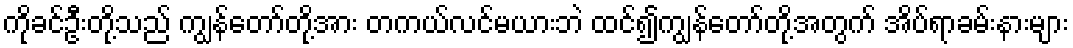
ကိုခင်ဦးတို့သည် ကျွန်တော်တို့အား တကယ်လင်မယားဘဲ ထင်၍ကျွန်တော်တို့အတွက် အိပ်ရာခမ်းနားများ